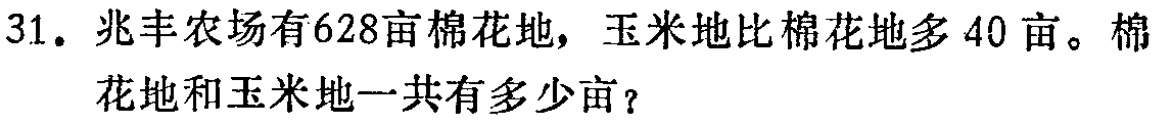
31. 兆丰农场有628亩棉花地，玉米地比棉花地多40亩。棉花地和玉米地一共有多少亩？